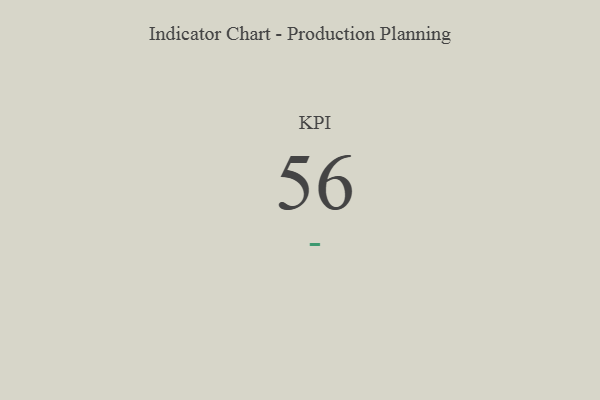
{"axis": {"x": "KPI", "y": "Value"}, "legend": [""], "data": [{"x": "KPI", "y": 56, "type": ""}]}